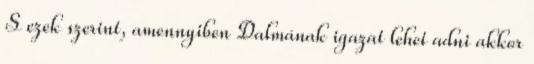
S ezek szerint, amennyiben Dalmának igazat lehet adni akkor